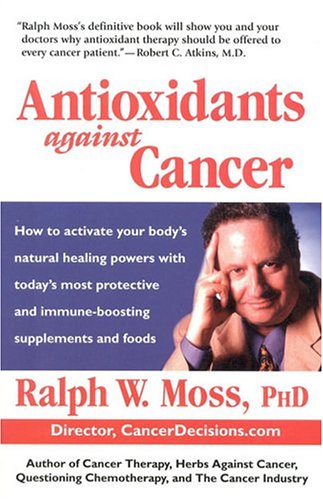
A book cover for Antioxidants Against Cancer (Ralph Moss on Cancer); Ralph W. Moss; Health, Fitness & Dieting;